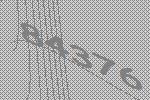
84376